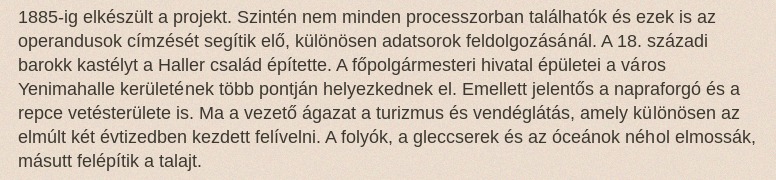
1885-ig elkészült a projekt. Szintén nem minden processzorban találhatók és ezek is az operandusok címzését segítik elő, különösen adatsorok feldolgozásánál. A 18. századi barokk kastélyt a Haller család építette. A főpolgármesteri hivatal épületei a város Yenimahalle kerületének több pontján helyezkednek el. Emellett jelentős a napraforgó és a repce vetésterülete is. Ma a vezető ágazat a turizmus és vendéglátás, amely különösen az elmúlt két évtizedben kezdett felívelni. A folyók, a gleccserek és az óceánok néhol elmossák, másutt felépítik a talajt.